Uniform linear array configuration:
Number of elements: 32
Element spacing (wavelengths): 0.75
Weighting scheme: uniform
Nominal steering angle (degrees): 15
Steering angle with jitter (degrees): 15.178
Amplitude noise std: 0.05
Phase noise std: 0.05

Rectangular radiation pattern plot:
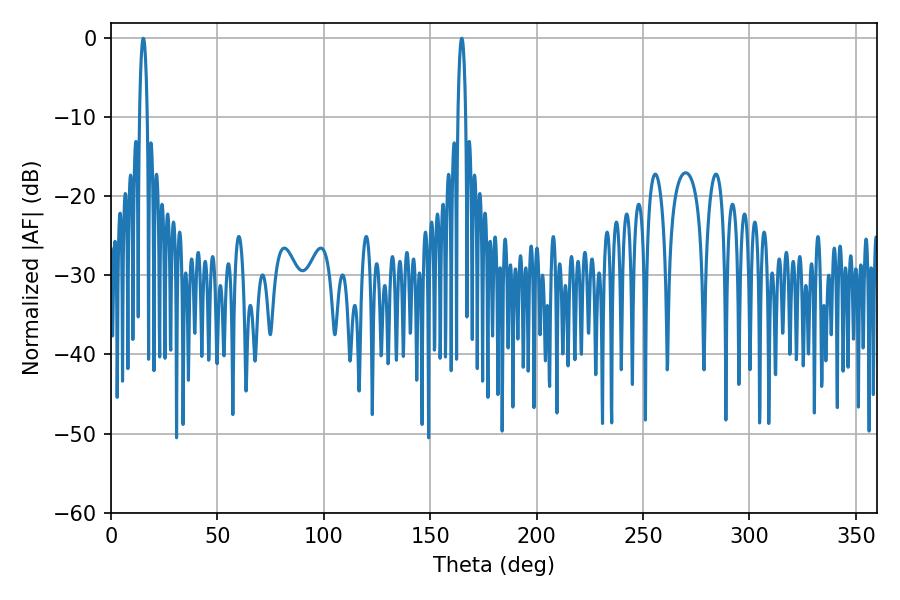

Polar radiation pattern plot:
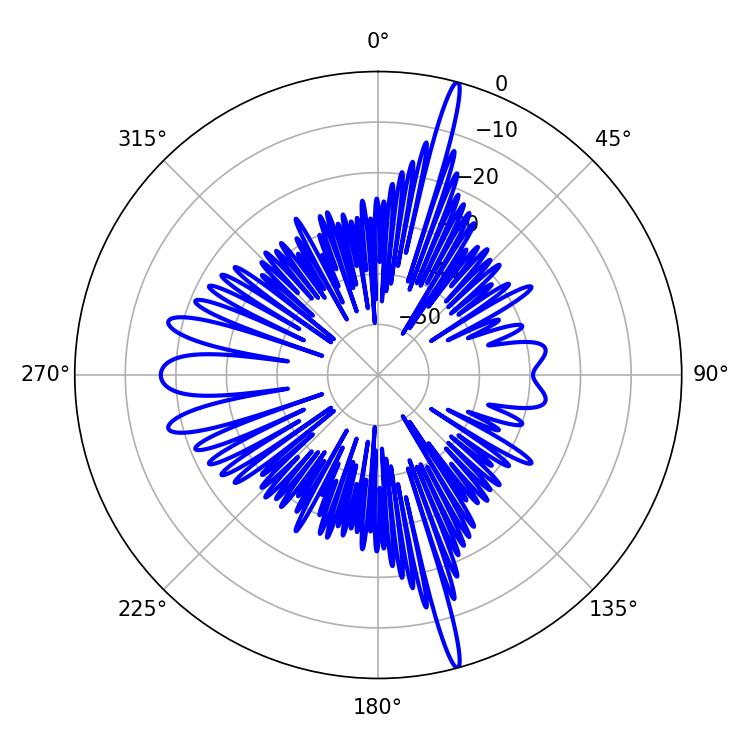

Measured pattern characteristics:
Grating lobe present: TRUE
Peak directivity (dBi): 21.195
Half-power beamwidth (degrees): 1.98
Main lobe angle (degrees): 164.88